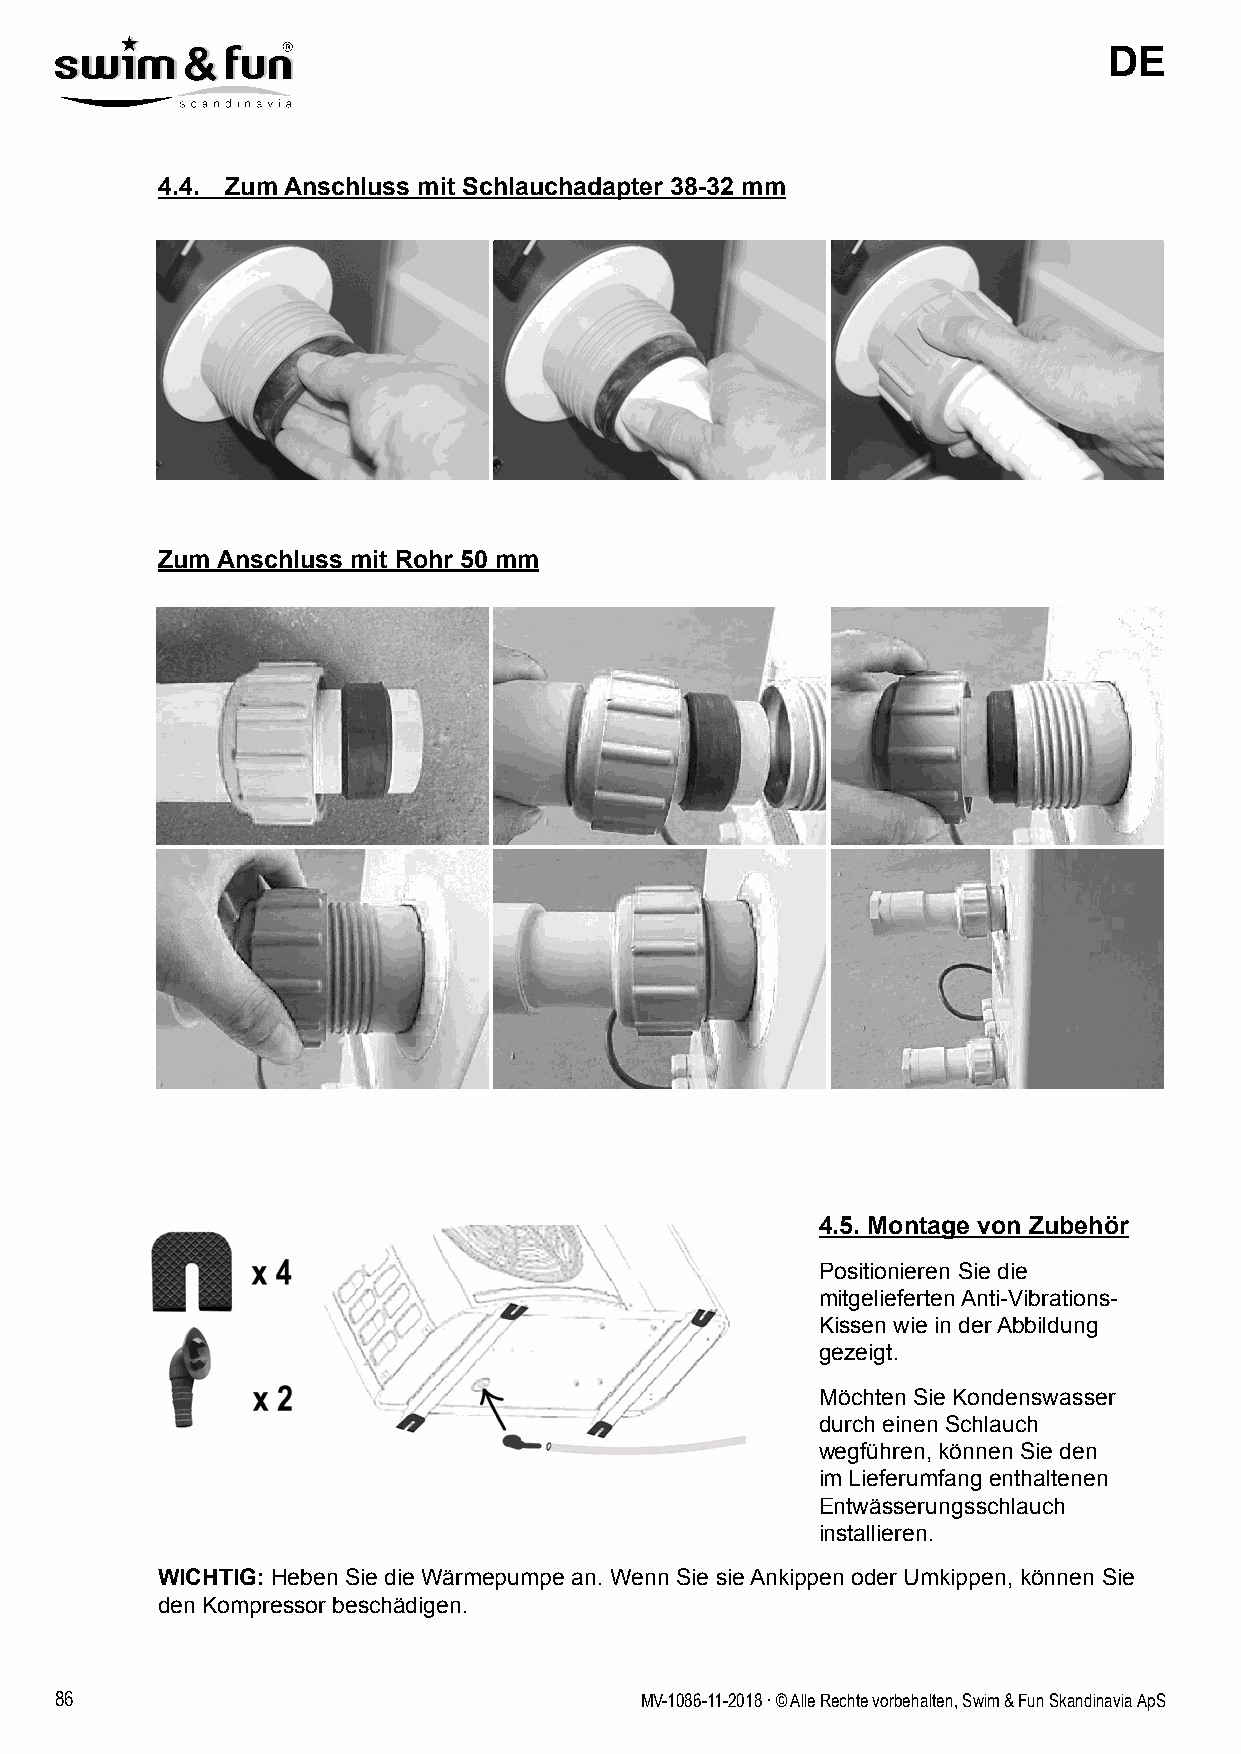
DE
 4.4. Zum Anschluss mit Schlauchadapter 38-32 mm
 Zum Anschluss mit Rohr 50 mm
 4.5. Montage von Zubehör
 Positionieren Sie die
 mitgelieferten Anti-Vibrations-
 Kissen wie in der Abbildung
 gezeigt.
 Möchten Sie Kondenswasser
 durch einen Schlauch
 wegführen, können Sie den
 im Lieferumfang enthaltenen
 Entwässerungsschlauch
 installieren.
 WICHTIG: Heben Sie die Wärmepumpe an. Wenn Sie sie Ankippen oder Umkippen, können Sie
 den Kompressor beschädigen.
 86                                    MV-1086-11-2018 . © Alle Rechte vorbehalten, Swim & Fun Skandinavia ApS